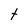
Character: t